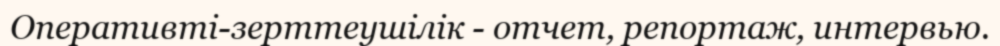
Оперативті-зерттеушілік - отчет, репортаж, интервью.